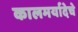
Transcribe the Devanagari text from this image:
कालमर्यादेचे